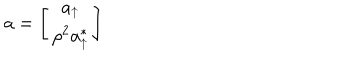
a = \left[ \begin{array} { c } { { a _ { \uparrow } } } \\ { { \rho ^ { 2 } a _ { \uparrow } ^ { * } } } \\ \end{array} \right]